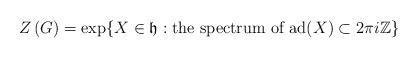
LaTeX: \begin{align*}Z\left(G\right) = \exp\{X \in \mathfrak{h} : \mbox{the spectrum of } \mathrm{ad}(X) \subset 2\pi i \mathbb{Z} \}\end{align*}